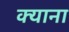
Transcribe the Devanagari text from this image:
क्याना